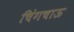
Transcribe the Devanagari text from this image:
चिंगचाऊ